Report of the Indian Hemp Drugs Commission, 1894-1895 - Volume IV
Year: 1894
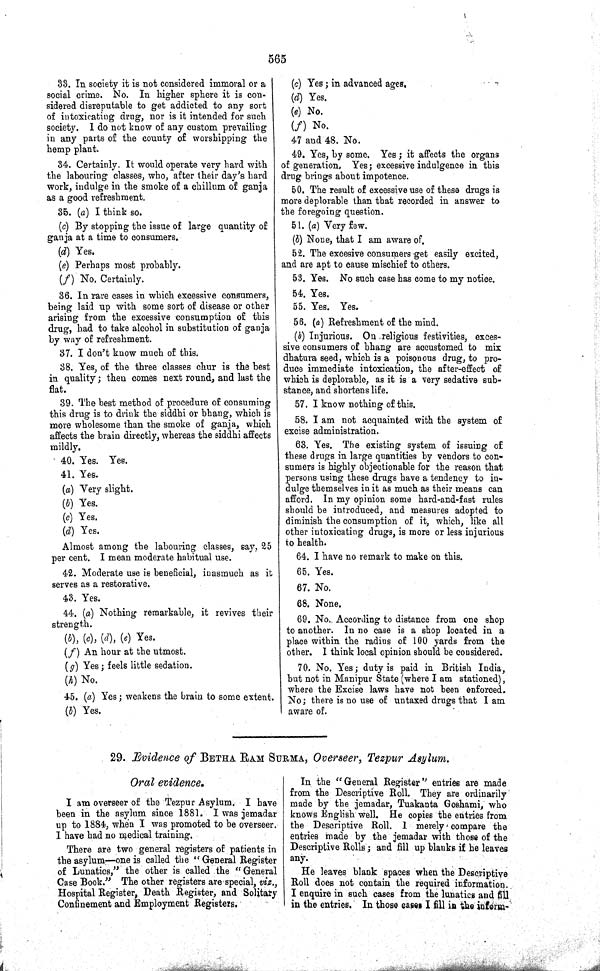
565
33. In society it is not considered immoral or a
social crime. No. In higher sphere it is con-
sidered disreputable to get addicted to any sort
of intoxicating drug, nor is it intended for such
society. I do not know of any custom prevailing
in any parts of the county of worshipping the
hemp plant.
34. Certainly. It would operate very hard with
the labouring classes, who, after their day's hard
work, indulge in the smoke of a chillum of ganja
as a good refreshment.
35. (a) I think so.
(c) By stopping the issue of large quantity of
ganja at a time to consumers.
(d) Yes.
(e) Perhaps most probably.
(f) No. Certainly.
36. In rare cases in which excessive consumers,
being laid up with some sort of disease or other
arising from the excessive consumption of this
drug, had to take alcohol in substitution of ganja
by way of refreshment.
37. I don't know much of this.
38. Yes, of the three classes chur is the best
in quality; then comes next round, and last the
flat.
39. The best method of procedure of consuming
this drug is to drink the siddhi or bhang, which is
more wholesome than the smoke of ganja, which
affects the brain directly, whereas the siddhi affects
mildly.
40. Yes. Yes.
41. Yes.
(a) Very slight.
(b) Yes.
(c) Yes.
(d) Yes.
Almost among the labouring classes, say, 25
per cent. I mean moderate habitual use.
42. Moderate use is beneficial, inasmuch as it
serves as a restorative.
43. Yes.
44. (a) Nothing remarkable, it revives their
strength.
(b), (c), (d), (e) Yes.
(f) An hour at the utmost.
(g) Yes; feels little sedation.
(h) No.
45. (a) Yes; weakens the brain to some extent.
(b) Yes.
(c) Yes; in advanced ages.
(d) Yes.
(e) No.
(f) No.
47 and 48. No.
49. Yes, by some. Yes; it affects the organs
of generation. Yes; excessive indulgence in this
drug brings about impotence.
50. The result of excessive use of these drugs is
more deplorable than that recorded in answer to
the foregoing question.
51. (a) Very few.
(b) None, that I am aware of.
52. The excesive consumers get easily excited,
and are apt to cause mischief to others.
53. Yes. No such case has come to my notice.
54. Yes.
55. Yes. Yes.
56. (a) Refreshment of the mind.
(b) Injurious. On religious festivities, exces-
sive consumers of bhang are accustomed to mix
dhatura seed, which is a poisonous drug, to pro-
duce immediate intoxication, the after-effect of
which is deplorable, as it is a very sedative sub-
stance, and shortens life.
57. I know nothing of this.
58. I am not acquainted with the system of
excise administration.
63. Yes. The existing system of issuing of
these drugs in large quantities by vendors to con-
sumers is highly objectionable for the reason that
persons using these drugs have a tendency to in-
dulge themselves in it as much as their means can
afford. In my opinion some hard-and-fast rules
should be introduced, and measures adopted to
diminish the consumption of it, which, like all
other intoxicating drugs, is more or less injurious
to health.
64. I have no remark to make on this.
65. Yes.
67. No.
68. None.
69. No. According to distance from one shop
to another. In no case is a shop located in a
place within the radius of 100 yards from the
other. I think local opinion should be considered.
70. No. Yes; duty is paid in British India,
but not in Manipur State (where I am stationed),
where the Excise laws have not been enforced.
No; there is no use of untaxed drugs that I am
aware of.
29. Evidence of BETHA RAM SURMA, Overseer, Tezpur Asylum.
Oral evidence.
I am overseer of the Tezpur Asylum. I have
been in the asylum since 1881. I was jemadar
up to 1884, when I was promoted to be overseer.
I have had no medical training.
There are two general registers of patients in
the asylum—one is called the "General Register
of Lunatics," the other is called the "General
Case Book." The other registers are special, viz.,
Hospital Register, Death Register, and Solitary
Confinement and Employment Registers.
In the "General Register" entries are made
from the Descriptive Roll. They are ordinarily
made by the jemadar, Tuakanta Goshami, who
knows English well. He copies the entries from
the Descriptive Roll. I merely compare the
entries made by the jemadar with those of the
Descriptive Rolls; and fill up blanks if he leaves
any.
He leaves blank spaces when the Descriptive
Roll does not contain the required information.
I enquire in such cases from the lunatics and fill
in the entries. In those cases I fill in the inform-